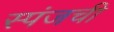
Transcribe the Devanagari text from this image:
स्पंजची